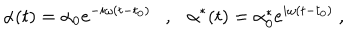
\alpha ( t ) = \alpha _ { 0 } e ^ { - i \omega ( t - t _ { 0 } ) } \ \ \ , \ \ \ \alpha ^ { * } ( t ) = \alpha _ { 0 } ^ { * } e ^ { i \omega ( t - t _ { 0 } ) } \ ,